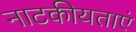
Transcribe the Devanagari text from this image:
नाटकीयताएं